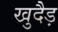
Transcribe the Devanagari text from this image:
खुदैड़